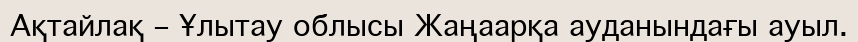
Ақтайлақ – Ұлытау облысы Жаңаарқа ауданындағы ауыл.